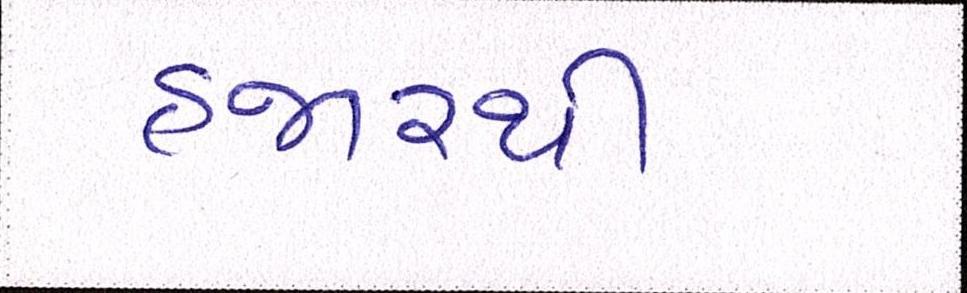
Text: હજારથી